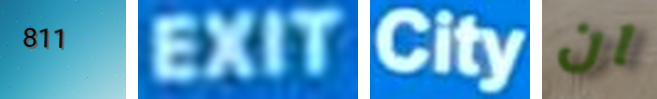
811 EXIT City ان